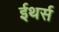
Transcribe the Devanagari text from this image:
ईथर्स